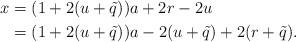
LaTeX: \begin{align*}x & = (1 + 2 (u + \tilde{q})) a + 2 r - 2 u\\& = (1 + 2 (u+\tilde{q})) a - 2 (u + \tilde{q}) + 2 (r + \tilde{q}).\end{align*}